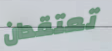
تعتقدان